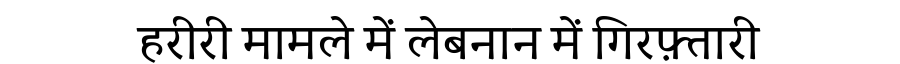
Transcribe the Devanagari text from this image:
हरीरी मामले में लेबनान में गिरफ़्तारी